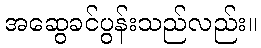
အဆွေခင်ပွန်းသည်လည်း။